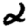
Digit: 2